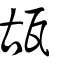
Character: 瓳